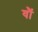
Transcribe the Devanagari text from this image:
वॉै